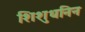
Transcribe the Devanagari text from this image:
शिशुधनिन